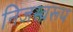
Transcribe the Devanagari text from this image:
निजस्वरूप